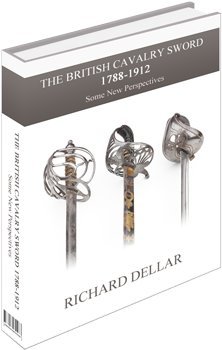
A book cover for The British Cavalry Sword 1788-1912: Some New Perspectives; Richard Dellar; Crafts, Hobbies & Home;